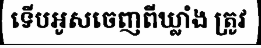
ទើបអូសចេញពីឃ្លាំង ត្រូវ